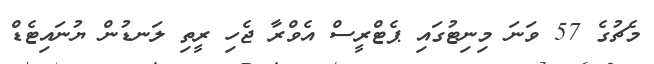
މެޗުގެ 57 ވަނަ މިނިޓުގައި ޕެޓްރީސް އެވްރާ ޖެހި ރީތި ލަނޑުން ޔުނައިޓެޑް